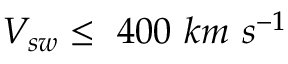
V _ { s w } \leq ~ 4 0 0 ~ k m ~ s ^ { - 1 }